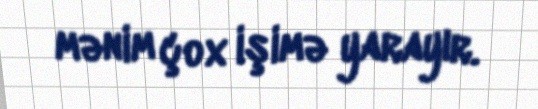
mənim çox işimə yarayır.